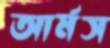
আর্মস